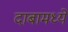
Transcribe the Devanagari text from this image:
दाबामध्ये